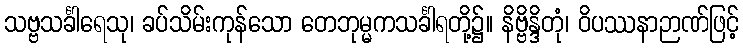
သဗ္ဗသင်္ခါရေသု၊ ခပ်သိမ်းကုန်သော တေဘုမ္မကသင်္ခါရတို့၌။ နိဗ္ဗိန္ဒိတုံ၊ ဝိပဿနာဉာဏ်ဖြင့်